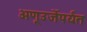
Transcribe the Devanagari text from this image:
अणूउर्जेपर्यंत